Annual report on the working of the Harcourt Butler Institute of Public Health, Rangoon
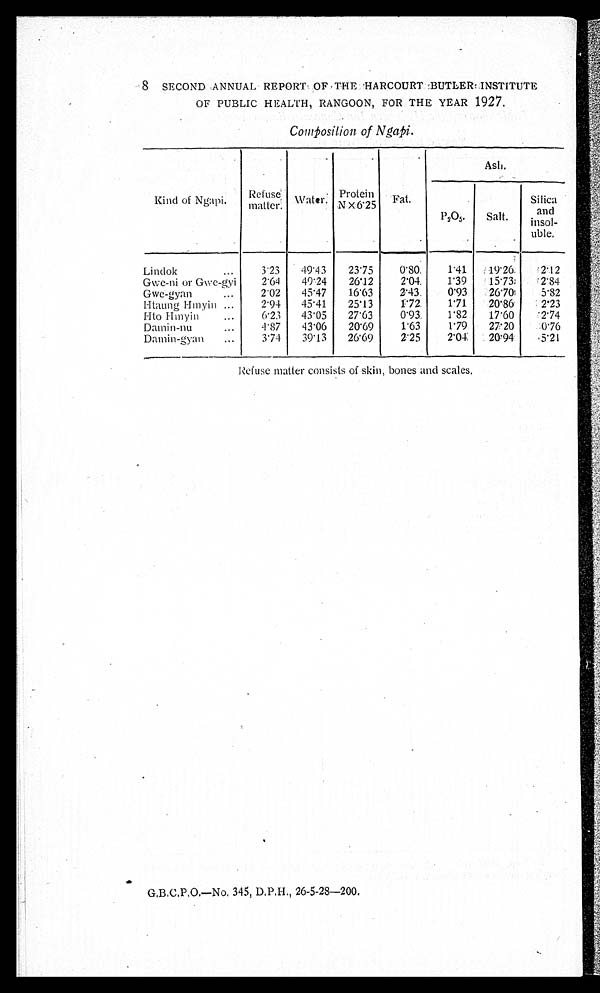
8 SECOND ANNUAL REPORT OF THE HARCOURT BUTLER INSTITUTE
OF PUBLIC HEALTH, RANGOON, FOR THE YEAR 1927.
Composition of Ngapi.
Kind of Ngapi.
Refuse
matter.
Water.
Protein
N X 6.25
Fat.
Ash.
P205.
Salt.
Silica and in
sol¬uble.
Lindok
3.23
49.13
23.75
0.80
1.41
19.26
2.12
GWe-ni or Gwe-gyi
2.64
49.24
26.12
2.04.
1.39
15.73
2.84
Gwe-gyan
2.02
45.47
16.63
2.43.
0.93
26.70
5.82
Htaung Hmyin
2.94
45.41
25.13
1.72.
1.71
20.86.
2.23
Hto Hmyin
6.23
43.05
27.63
0.93.
1.82
17.60
2.74
Damin-nu
4.87
43.06
20.69
1.63
1.79
27.20
0.76
Damin-gya n
3.74
39.13
26.69
2.25
2.04
20.94
5.21
Refuse matter consists of skin, bones and scales.
G.B.C.P.O.—No. 345, D.P.H., 26-5-28-200.